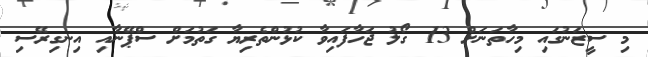
މި ސީޒަނުގައި މިހާތަނަށް 13 ގޯލު ޖަހާފައިވާ ކުޅުންތެރިޔާ ގަތުމަށް ސްޕޭނާއި އިނގިރޭސި